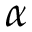
\alpha